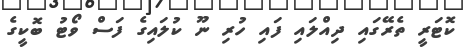
ކޮޓަރީ ތެރޭގައި ދިއްލައި ފައި ހުރި ނޫ ކުލައިގެ ފަސް ވޯޓު ބޮކީގެ